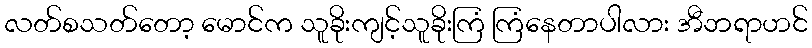
လတ်စသတ်တော့ မောင်က သူခိုးကျင့်သူခိုးကြံ ကြံနေတာပါလား အီဘရာဟင်